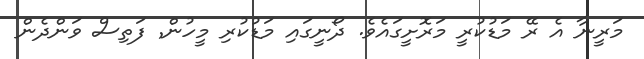
މަރީނާ އެ ރޭ މަޑުކުރީ މަރޮށީގައެވެ. ދޯނީގައި މަޑުކުރި މީހުން